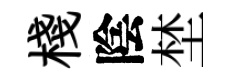
棧陰埜